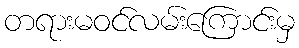
တရားမဝင်လမ်းကြောင်းမှ